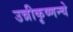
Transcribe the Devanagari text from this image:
उन्नीकृष्णन्चे